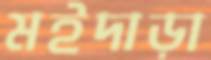
মইদাড়া